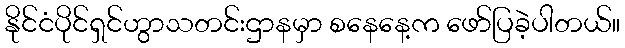
နိုင်ငံပိုင်ရှင်ဟွာသတင်းဌာနမှာ စနေနေ့က ဖော်ပြခဲ့ပါတယ်။